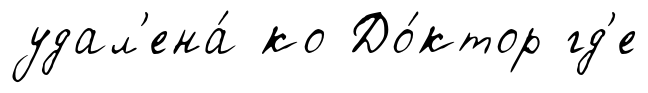
удал'ена́ ́ко До́ктор гд'е